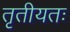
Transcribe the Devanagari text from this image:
तृतीयतः